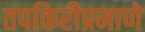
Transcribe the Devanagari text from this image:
तपकिरीप्रमाणे